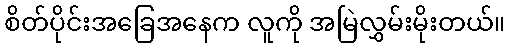
စိတ်ပိုင်းအခြေအနေက လူကို အမြဲလွှမ်းမိုးတယ်။